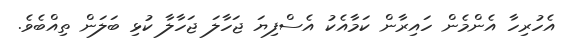
އެހުރިހާ އެންމެން ހައިރާން ކަމާއެކު އެސްފިޔަ ޖަހާލަ ޖަހާލާ ކުޅި ބަލަން ތިއްބެވެ.